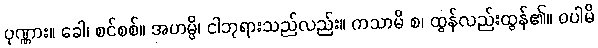
ပုဏ္ဏား။ ခေါ၊ စင်စစ်။ အဟမ္ပိ၊ ငါဘုရားသည်လည်း။ ကသာမိ စ၊ ထွန်လည်းထွန်၏။ ဝပါမိ